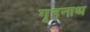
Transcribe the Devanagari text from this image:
गृहनाथ